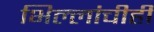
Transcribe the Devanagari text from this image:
भिल्लांचीही